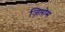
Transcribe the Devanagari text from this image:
ज़िप्तोस